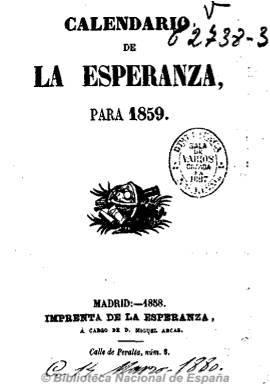
Título: Calendario de La Esperanza
Colección: Almanaques
Ámbito geográfico: Madrid
Lugar de publicación: Madrid
Fechas: 01/01/1859-01/01/1874

Publicación anual que recoge principalmente la cronología del ciclo religioso, destacando los santos y festividades; incorpora en la mayoría de los fascículos índices y listados variados de tipo práctico como posiciones geográficas de latitudes y longitudes de las capitales de provincia, de eclipses, horarios según zonas, etc. además de secciones habituales de contenido útil para la práctica católica, como las indulgencias anuales, disposiciones acerca del ayuno, consejos, así como otro tipo de información más curiosa de tipo didáctico o erudito.